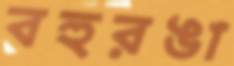
বহুরঙা